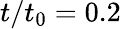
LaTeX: t/t_{0}=0.2